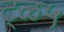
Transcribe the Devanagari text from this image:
ट्ळ५